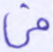
فى